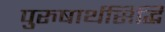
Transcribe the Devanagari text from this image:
पुरुषार्थसिद्धि